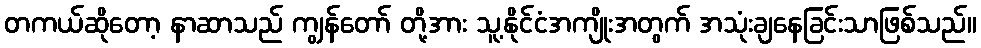
တကယ်ဆိုတော့ နာဆာသည် ကျွန်တော် တို့အား သူ့နိုင်ငံအကျိုးအတွက် အသုံးချနေခြင်းသာဖြစ်သည်။